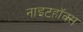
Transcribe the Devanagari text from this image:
नाइटहॉक्स